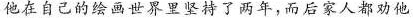
他在自己的绘画世界里坚持了两年，而后家人都劝他